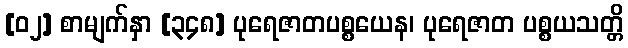
[၀၂] စာမျက်နှာ [၃၄၈] ပုရေဇာတပစ္စယေန၊ ပုရေဇာတ ပစ္စယသတ္တိ